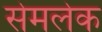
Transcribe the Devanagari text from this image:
सेमलेक